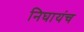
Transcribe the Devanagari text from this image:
निघायंच